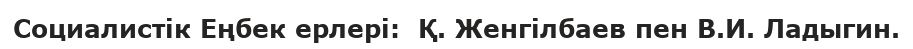
Социалистік Еңбек ерлері:  Қ. Женгілбаев пен В.И. Ладыгин.